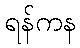
ရန်ကန